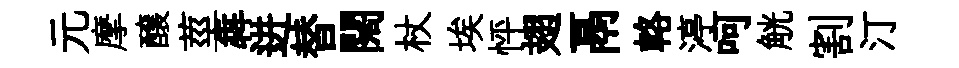
元摩醸莖犇进替闊杖埃怦翅鬲輅渟呵觥割汀